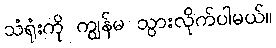
သံရုံးကို ကျွန်မ သွားလိုက်ပါမယ်။